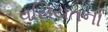
વસિયતનો